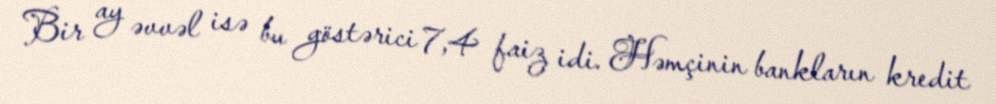
Bir ay əvvəl isə bu göstərici 7,4 faiz idi. Həmçinin bankların kredit